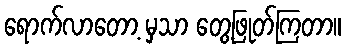
ရောက်လာတော့ မှသာ တွေ့ဖြုတ်ကြတာ။